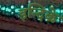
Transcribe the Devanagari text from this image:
इन्दिके